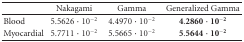
<table><thead><tr><td><b> </b></td><td><b> Nakagami </b></td><td><b> Gamma </b></td><td><b> Generalized Gamma </b></td></tr></thead><tbody><tr><td> Blood </td><td>5.5626 · 10<sup>−2</sup></td><td>4.4970 · 10<sup>−2</sup></td><td>4.2860 · 10<sup>−2</sup></td></tr><tr><td> Myocardial </td><td>5.7711 · 10<sup>−2</sup></td><td>5.5665 · 10<sup>−2</sup></td><td>5.5644 · 10<sup>−2</sup></td></tr></tbody></table>